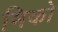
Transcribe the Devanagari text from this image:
मिको